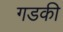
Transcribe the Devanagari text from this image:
गडकी